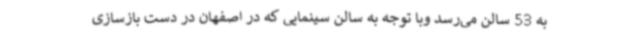
به 53 سالن می‌رسد وبا توجه به سالن سینمایی که در اصفهان در دست بازسازی